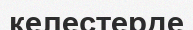
келестерде